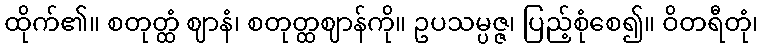
ထိုက်၏။ စတုတ္ထံ ဈာနံ၊ စတုတ္ထဈာန်ကို။ ဥပသမ္ပဇ္ဇ၊ ပြည့်စုံစေ၍။ ဝိတရီတုံ၊